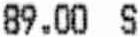
89.00 S